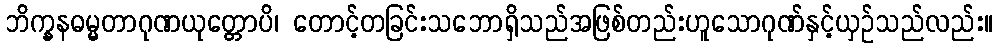
ဘိက္ခနဓမ္မတာဂုဏယုတ္တောပိ၊ တောင့်တခြင်းသဘောရှိသည်အဖြစ်တည်းဟူသောဂုဏ်နှင့်ယှဉ်သည်လည်း။